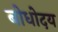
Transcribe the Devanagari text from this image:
बोधोदय